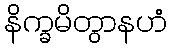
နိက္ခမိတွာနဟံ